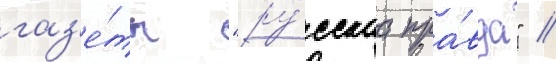
газ'е́ты "ру́сскаа пра́вда" //